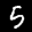
Label: 5